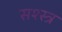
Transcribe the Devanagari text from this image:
सश्स्त्र